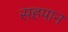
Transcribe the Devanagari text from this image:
सहपान